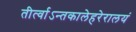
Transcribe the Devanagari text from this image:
तीर्त्वाऽन्तकालेहरेरालयं